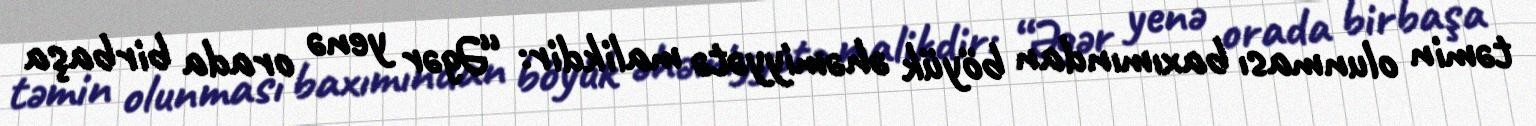
təmin olunması baxımından böyük əhəmiyyətə malikdir: “Əgər yenə orada birbaşa